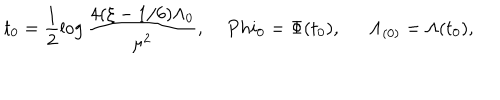
LaTeX: t _ { 0 } = \frac { 1 } { 2 } \log \frac { 4 ( \xi - 1 / 6 ) \Lambda _ { 0 } } { \mu ^ { 2 } } , \ \ \, \ \, P h i _ { 0 } = \Phi ( t _ { 0 } ) , \ \ \Lambda _ { ( 0 ) } = \Lambda ( t _ { 0 } ) ,